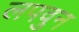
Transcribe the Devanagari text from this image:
लपवुन